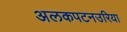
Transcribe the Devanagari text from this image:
अलकपटनउरिया